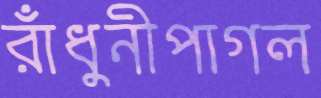
রাঁধুনীপাগল